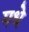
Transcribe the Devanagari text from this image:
मधे